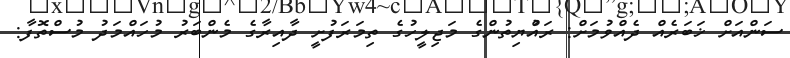
ސަންއަށް ޚަބަރެއް ދެއްވުމަށް: ރައްުޔިތުންގެ މަޖިލީހުގެ ތިމަރަފުށީ ދާއިރާގެ މެންބަރު މުުހައްމަދު މުސްތޮފާ: